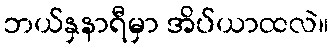
ဘယ်နှနာရီမှာ အိပ်ယာထလဲ။